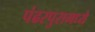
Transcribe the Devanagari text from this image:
पंढरपुरामध्ये